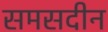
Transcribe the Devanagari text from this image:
समसदीन